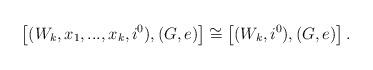
LaTeX: \begin{align*}\left[ (W_k, x_1,...,x_k, i^0), (G,e)\right]\cong\left[ (W_k, i^0),(G,e)\right] .\end{align*}